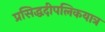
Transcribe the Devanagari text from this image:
प्रसिद्धदीपलिकयात्र